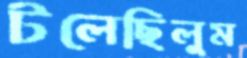
টলেছিলুম